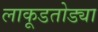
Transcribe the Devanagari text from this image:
लाकूडतोड्या